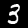
Digit: 3